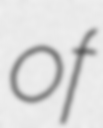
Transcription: of